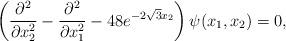
LaTeX: \begin{align*}\left(\frac{\partial^2}{\partial x_2^2} - \frac{\partial^2}{\partial x_1^2} -48 e^{-2 \sqrt{3} x_2} \right) \psi(x_1,x_2)=0,\end{align*}